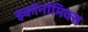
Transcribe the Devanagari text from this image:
इकॉनॉमिक्‍स